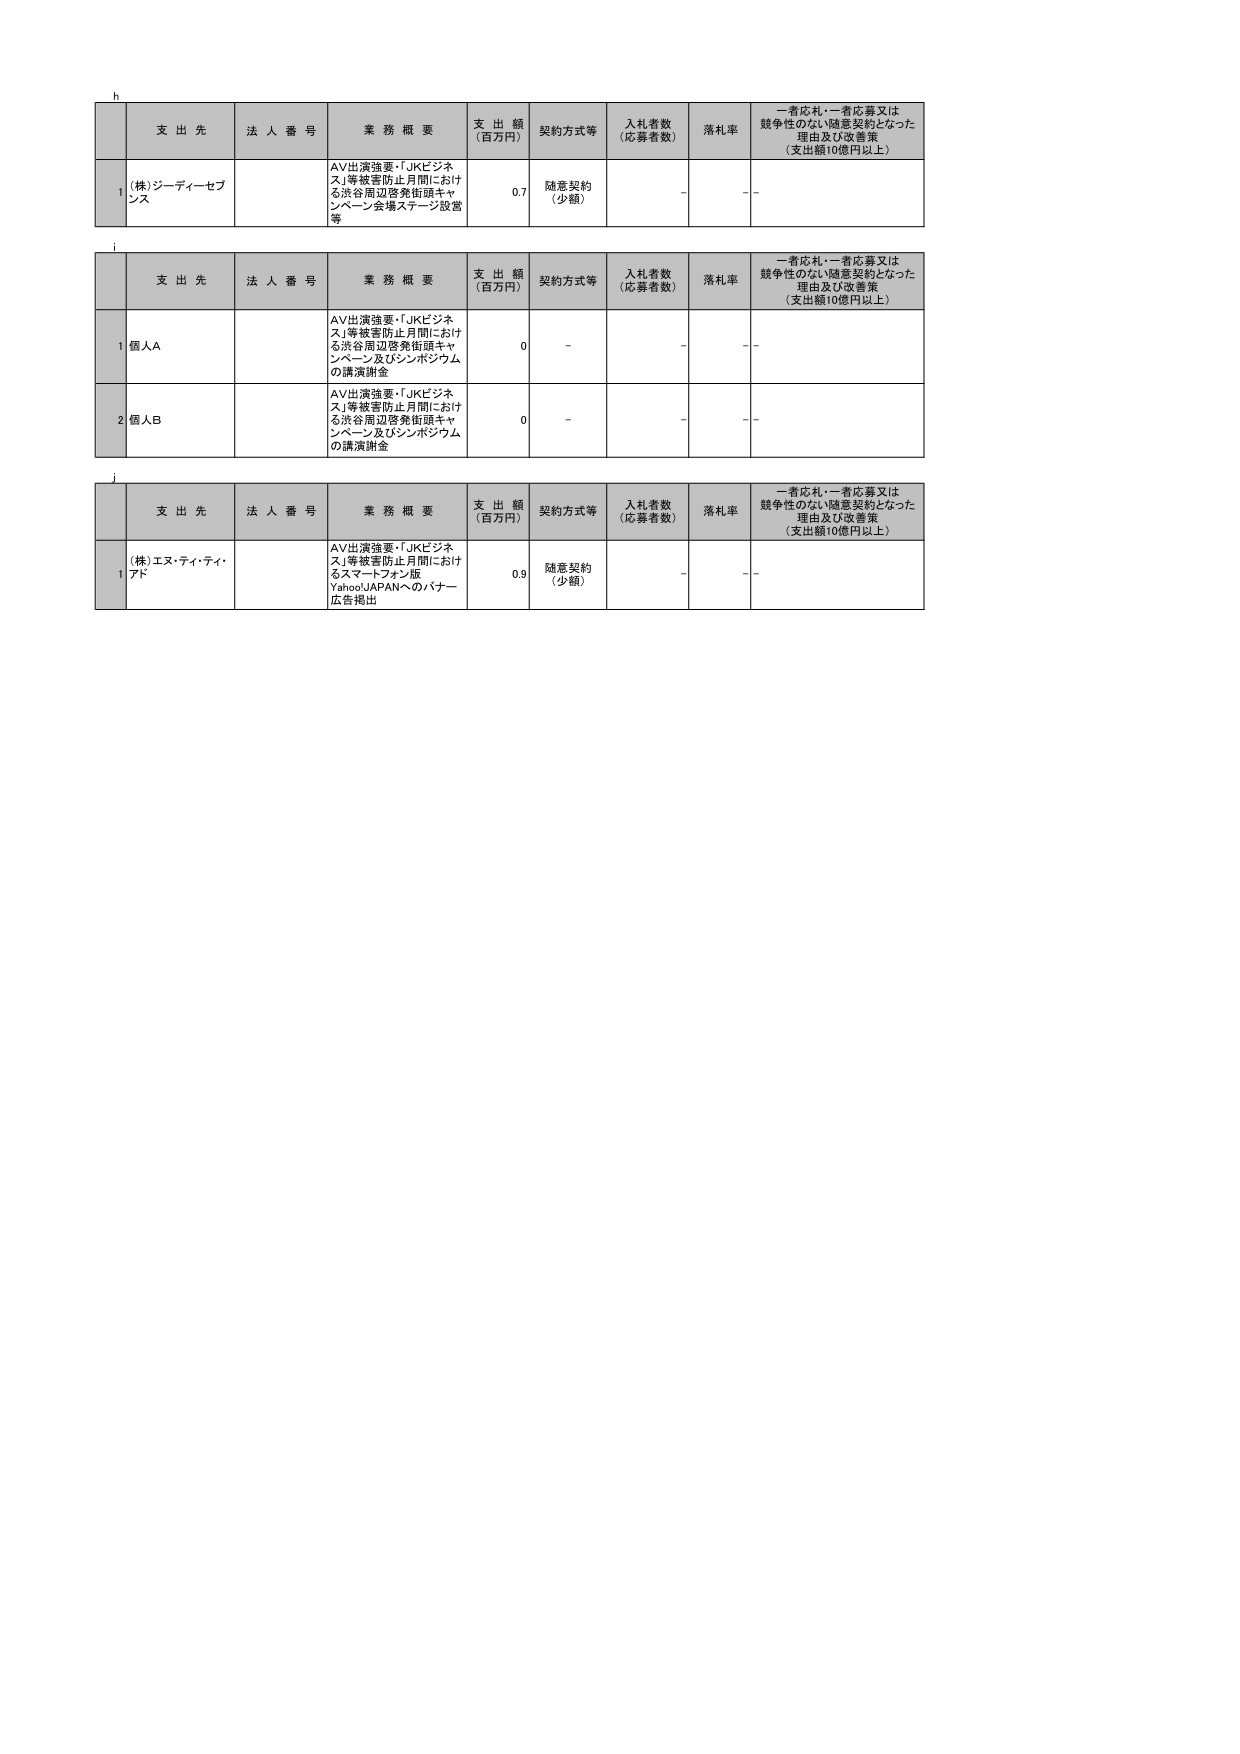
h
支 出 先 法 人 番 号 業 務 概 要 支 出 額 （百万円） 契約方式等 入札者数 （応募者数） 落札率 一者応札・一者応募又は 競争性のない随意契約となった 理由及び改善策 （支出額10億円以上）
1 (株) ジーディーセブ ンス AV出演強要・「JKビジネ ス」等被害防止月間におけ る渋谷周辺啓発街頭キャ ンペーン会場ステージ設営 等 0.7 随意契約 （少額） - -
i
支 出 先 法 人 番 号 業 務 概 要 支 出 額 （百万円） 契約方式等 入札者数 （応募者数） 落札率 一者応札・一者応募又は 競争性のない随意契約となった 理由及び改善策 （支出額10億円以上）
1 個人A AV出演強要・「JKビジネス」等被害防止月間におけ る渋谷周辺啓発街頭キャ ンペーン及びシンポジウム の講演謝金 0 - - -
2 個人B AV出演強要・「JKビジネス」等被害防止月間におけ る渋谷周辺啓発街頭キャ ンペーン及びシンポジウム の講演謝金 0 - - -
j
支 出 先 法 人 番 号 業 務 概 要 支 出 額 （百万円） 契約方式等 入札者数 （応募者数） 落札率 一者応札・一者応募又は 競争性のない随意契約となった 理由及び改善策 （支出額10億円以上）
1 (株) エヌ・ティ・ティ・ アド AV出演強要・「JKビジネス」等被害防止月間におけ るスマートフォン版 Yahoo!JAPANへのバナー 広告掲出 0.9 随意契約 （少額） - -